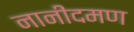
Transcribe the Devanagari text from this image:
नानीदमण